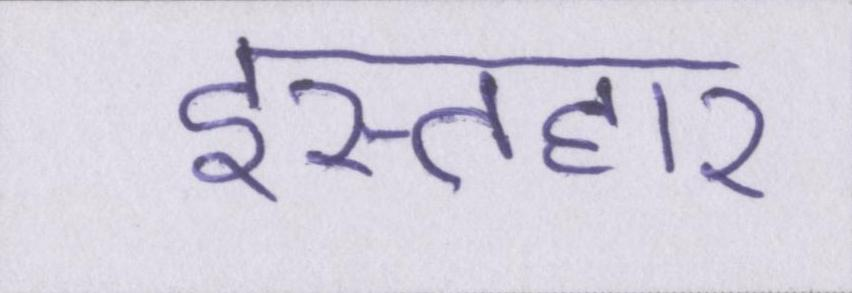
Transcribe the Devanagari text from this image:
इस्तहार